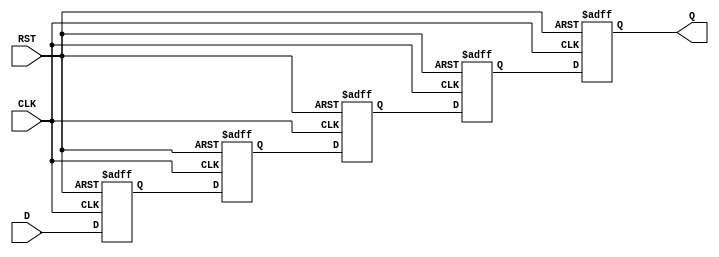
module pipeline_buffer #(
    parameter DEPTH = 4,         // Number of stages in the pipeline
    parameter DATA_WIDTH = 8     // Width of the data bus
)(
    input  wire [DATA_WIDTH-1:0] D,   // Data input
    input  wire CLK,                    // Clock signal
    input  wire RST,                    // Asynchronous reset
    output reg  [DATA_WIDTH-1:0] Q      // Data output
);

    // Internal buffer to hold the data at each stage
    reg [DATA_WIDTH-1:0] buffer [0:DEPTH-1];

    integer i;

    always @(posedge CLK or posedge RST) begin
        if (RST) begin
            // Asynchronous reset: clear all stages
            for (i = 0; i < DEPTH; i = i + 1) begin
                buffer[i] <= 0;
            end
            Q <= 0; // Clear output on reset
        end else begin
            // Shift data through the pipeline
            buffer[0] <= D; // Store input data in the first stage
            for (i = 1; i < DEPTH; i = i + 1) begin
                buffer[i] <= buffer[i-1]; // Shift data to the next stage
            end
            Q <= buffer[DEPTH-1]; // Output data from the last stage
        end
    end

endmodule